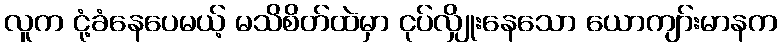
လူက ငုံ့ခံနေပေမယ့် မသိစိတ်ထဲမှာ ငုပ်လျှိုးနေသော ယောကျာ်းမာနက